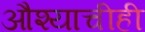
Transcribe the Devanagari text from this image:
औश्याचीही